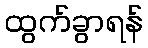
ထွက်ခွာရန်